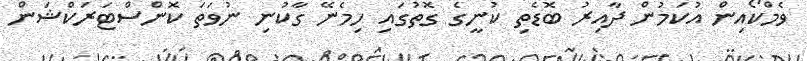
ވެމްކޯއިން އުކަމުން ދާއިރު ބޮޑެތި ކުނީގެ ގޮތުގައި ހިމެނޭ ގާކުނި ނުވަތަ ކޮންސްޓަރަކްޝަން